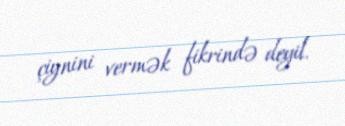
çiynini vermək fikrində deyil.